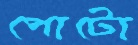
পোটো